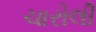
ચારોલી